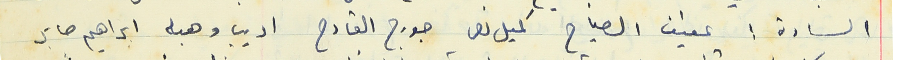
السادة: عفيف الصياح كميل نصر جورج القارح اديب وهبه ابراهيم صابر